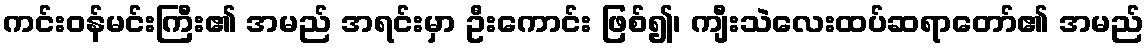
ကင်းဝန်မင်းကြီး၏ အမည် အရင်းမှာ ဦးကောင်း ဖြစ်၍၊ ကျီးသဲလေးထပ်ဆရာတော်၏ အမည်